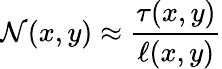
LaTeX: \mathcal{N}(x,y)\approx\frac{\tau(x,y)}{\ell(x,y)}